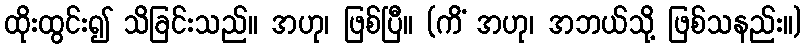
ထိုးထွင်း၍ သိခြင်းသည်။ အဟု၊ ဖြစ်ပြီ။ (ကိံ အဟု၊ အဘယ်သို့ ဖြစ်သနည်း။)